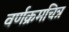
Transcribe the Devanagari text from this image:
वर्णक्रमचित्र